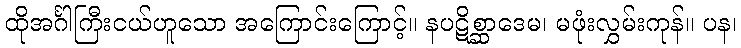
ထိုအင်္ဂါကြီးငယ်ဟူသော အကြောင်းကြောင့်။ နပဋိစ္ဆာဒေမ၊ မဖုံးလွှမ်းကုန်။ ပန၊